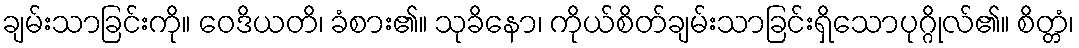
ချမ်းသာခြင်းကို။ ဝေဒိယတိ၊ ခံစား၏။ သုခိနော၊ ကိုယ်စိတ်ချမ်းသာခြင်းရှိသောပုဂ္ဂိုလ်၏။ စိတ္တံ၊